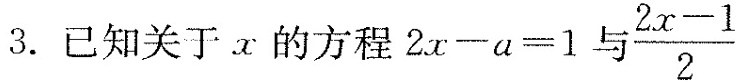
3.已知关于x的方程$$2x-a=1$$与\frac{2x-1}{2}